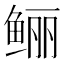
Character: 鲡